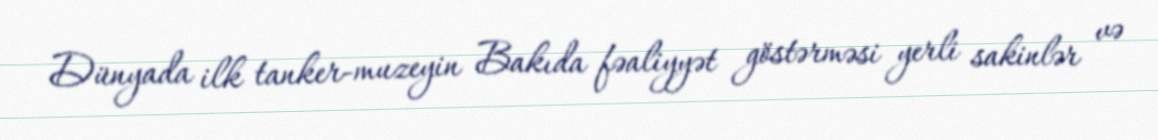
Dünyada ilk tanker-muzeyin Bakıda fəaliyyət göstərməsi yerli sakinlər və